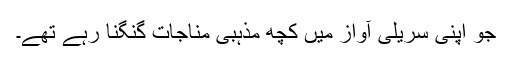
جو اپنی سریلی آواز میں کچھ مذہبی مناجات گنگنا رہے تھے۔